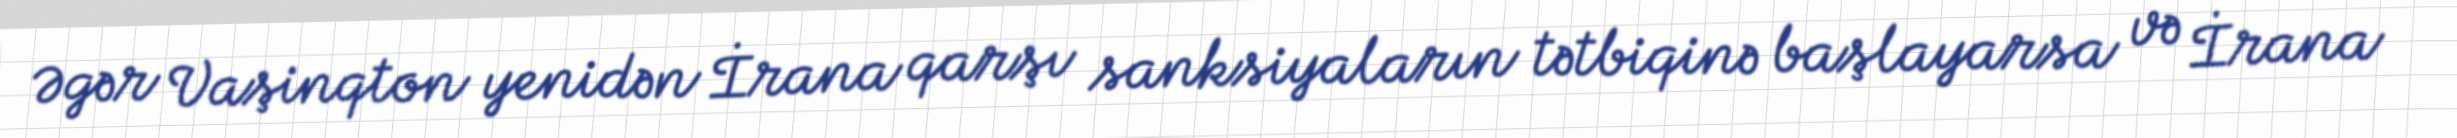
Əgər Vaşinqton yenidən İrana qarşı sanksiyaların tətbiqinə başlayarsa və İrana